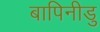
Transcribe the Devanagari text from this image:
बापिनीडु